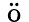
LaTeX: \ddot{\mathrm{~o~}}